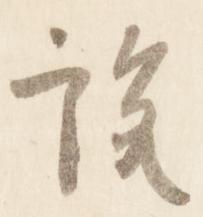
説